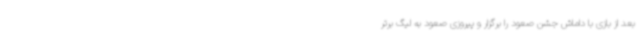
بعد از بازی با داماش جشن صعود را برگزار و پیروزی صعود به لیگ برتر